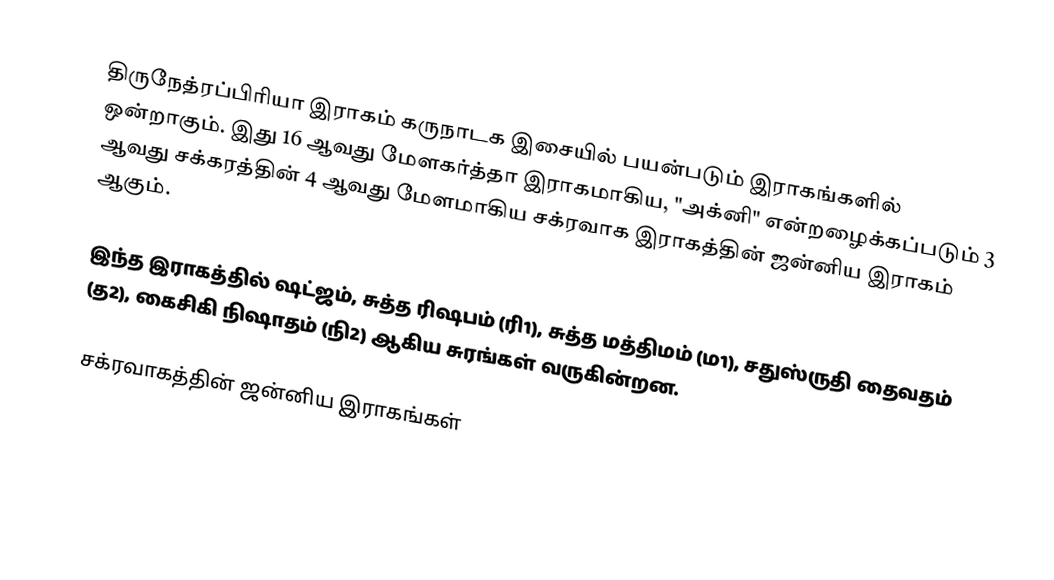
திருநேத்ரப்பிரியா இராகம் கருநாடக இசையில் பயன்படும் இராகங்களில் ஒன்றாகும். இது 16 ஆவது மேளகர்த்தா இராகமாகிய, "அக்னி" என்றழைக்கப்படும் 3 ஆவது சக்கரத்தின் 4 ஆவது மேளமாகிய சக்ரவாக இராகத்தின் ஜன்னிய இராகம் ஆகும்.

இந்த இராகத்தில் ஷட்ஜம், சுத்த ரிஷபம் (ரி1),  சுத்த மத்திமம் (ம1), சதுஸ்ருதி தைவதம் (த2), கைசிகி நிஷாதம்  (நி2) ஆகிய சுரங்கள் வருகின்றன.

சக்ரவாகத்தின் ஜன்னிய இராகங்கள்